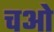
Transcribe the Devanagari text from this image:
चओ